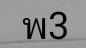
พ3